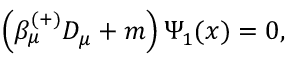
\left( \beta _ { \mu } ^ { ( + ) } D _ { \mu } + m \right) \Psi _ { 1 } ( x ) = 0 ,